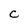
Character: C